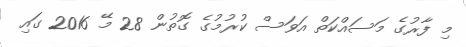
މި ފާރުގެ މަސައްކަތް އަވަސް ކުރުމުގެ ގޮތުން 28 މޭ 2016 ގައި